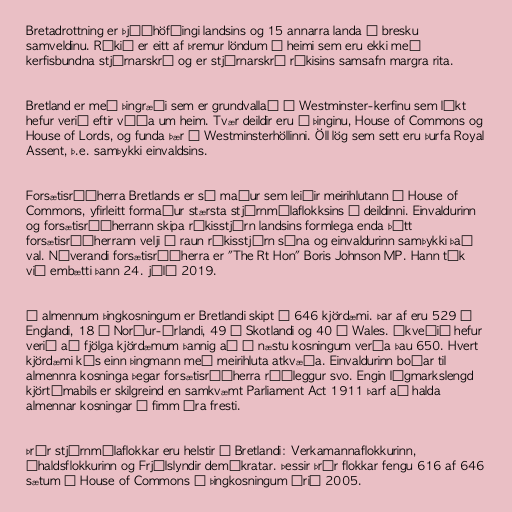
Bretadrottning er þjóðhöfðingi landsins og 15 annarra landa í bresku
samveldinu. Ríkið er eitt af þremur löndum í heimi sem eru ekki með
kerfisbundna stjórnarskrá og er stjórnarskrá ríkisins samsafn margra rita.

Bretland er með þingræði sem er grundvallað á Westminster-kerfinu sem líkt
hefur verið eftir víða um heim. Tvær deildir eru í þinginu, House of Commons og
House of Lords, og funda þær í Westminsterhöllinni. Öll lög sem sett eru þurfa Royal
Assent, þ.e. samþykki einvaldsins.

Forsætisráðherra Bretlands er sá maður sem leiðir meirihlutann í House of
Commons, yfirleitt formaður stærsta stjórnmálaflokksins í deildinni. Einvaldurinn
og forsætisráðherrann skipa ríkisstjórn landsins formlega enda þótt
forsætisráðherrann velji í raun ríkisstjórn sína og einvaldurinn samþykki það
val. Núverandi forsætisráðherra er "The Rt Hon" Boris Johnson MP. Hann tók
við embætti þann 24. júlí 2019.

Í almennum þingkosningum er Bretlandi skipt í 646 kjördæmi. Þar af eru 529 á
Englandi, 18 á Norður-Írlandi, 49 á Skotlandi og 40 í Wales. Ákveðið hefur
verið að fjölga kjördæmum þannig að í næstu kosningum verða þau 650. Hvert
kjördæmi kýs einn þingmann með meirihluta atkvæða. Einvaldurinn boðar til
almennra kosninga þegar forsætisráðherra ráðleggur svo. Engin lágmarkslengd
kjörtímabils er skilgreind en samkvæmt Parliament Act 1911 þarf að halda
almennar kosningar á fimm ára fresti.

Þrír stjórnmálaflokkar eru helstir á Bretlandi: Verkamannaflokkurinn,
Íhaldsflokkurinn og Frjálslyndir demókratar. Þessir þrír flokkar fengu 616 af 646
sætum í House of Commons í þingkosningum árið 2005.